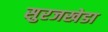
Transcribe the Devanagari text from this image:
सुरजखेडा